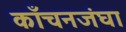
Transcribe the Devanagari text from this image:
काँचनजंघा